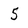
Character: 5